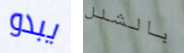
يبدو بالشلل